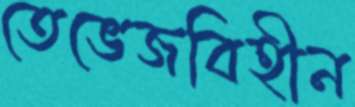
তেভেজবিহীন